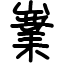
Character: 嶪